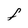
Character: F